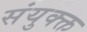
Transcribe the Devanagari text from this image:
संयुक्क्त